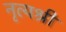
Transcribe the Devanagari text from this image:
नृत्यश्री